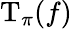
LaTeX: \operatorname{T}_{\pi}(f)